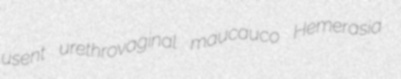
usent urethrovaginal maucauco Hemerasia